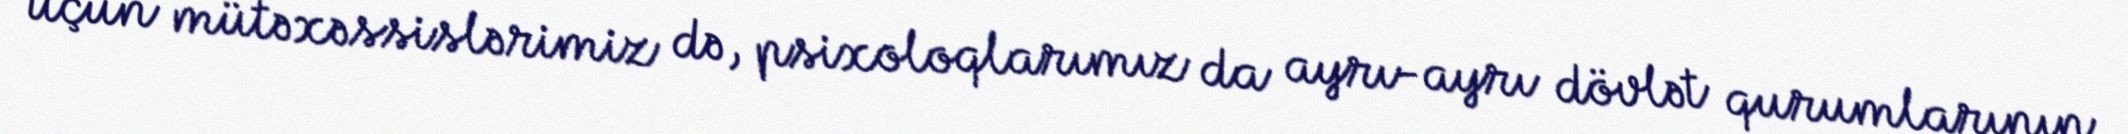
üçün mütəxəssislərimiz də, psixoloqlarımız da ayrı-ayrı dövlət qurumlarının